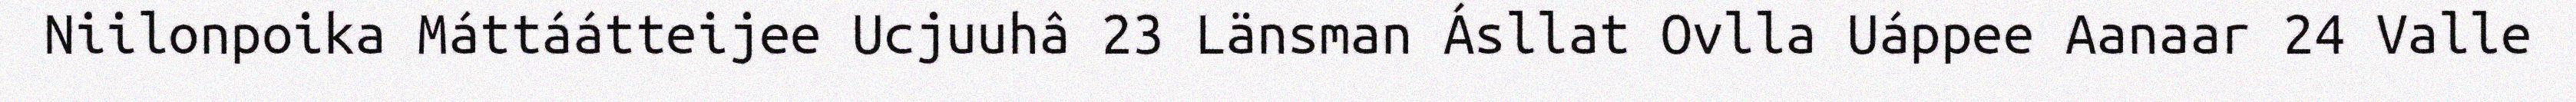
Niilonpoika Máttáátteijee Ucjuuhâ 23 Länsman Ásllat Ovlla Uáppee Aanaar 24 Valle